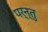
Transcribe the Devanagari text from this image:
पर्न्तु